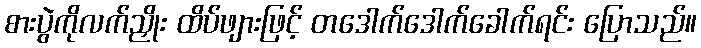
စားပွဲကိုလက်ညှိုး ထိပ်ဖျားဖြင့် တဒေါက်ဒေါက်ခေါက်ရင်း ပြောသည်။